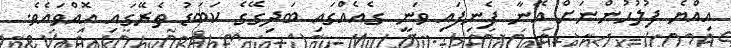
އިއްޔެ ފުލުހުންނަށް އޭނާ ފެނިފައި ވަނީ ގެއެއްގައި ބަދިގޭގެ ކަބަޑު ތެރޭގައި އޮއްވައެވެ.